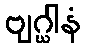
ဗျဂ္ဃါနံ